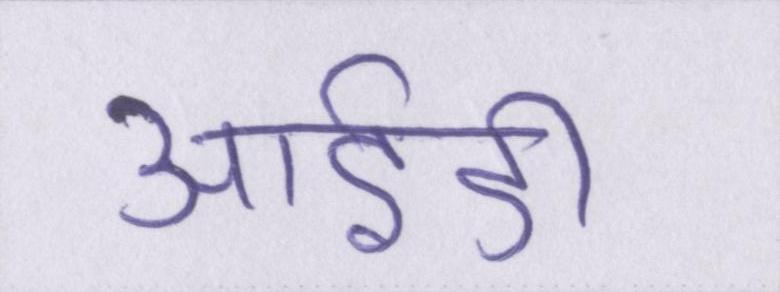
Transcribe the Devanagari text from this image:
आईडी